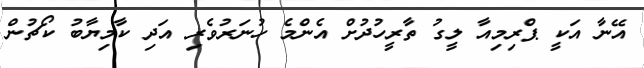
އޭނާ އަކީ ޕްރިމިއާ ލީގު ތާރީހުދުށް އެންމެ ހުނަރުވެރި އަދި ކާމިޔާބު ކޯޗުން